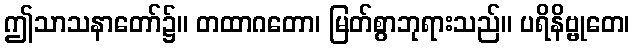
ဤသာသနာတော်၌။ တထာဂတော၊ မြတ်စွာဘုရားသည်။ ပရိနိဗ္ဗုတေ၊